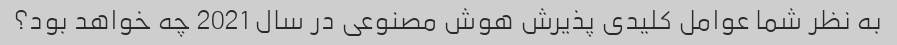
به نظر شما عوامل کلیدی پذیرش هوش مصنوعی در سال 2021 چه خواهد بود؟